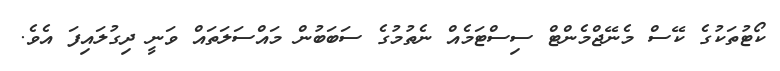
ކޯޓުތަކުގެ ކޭސް މެނޭޖްމެންޓް ސިސްޓަމެއް ނެތުމުގެ ސަބަބުން މައްސަލަތައް ވަނީ ދިގުލައިފަ އެވެ.